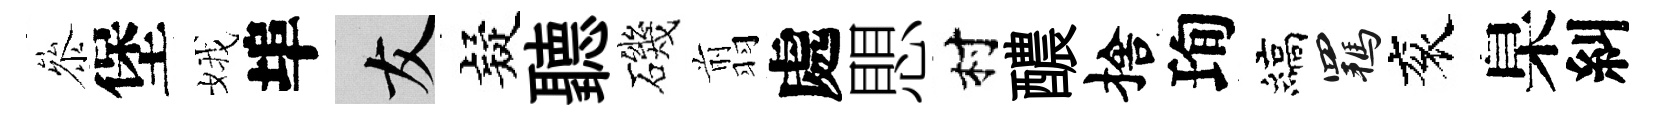
叅堡娥埠友疑聽磯翦處愳村醲捨珣縞羈衮臬糾